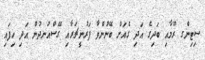
ސިޓިންގ ރޫމާއި ބަދިގެ އަދި ގެއަށް ބޭނުންވާ ފަރުނީޗަރާއި ގޭސްއުނދުން އަދި ހިފައި